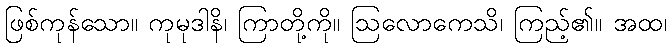
ဖြစ်ကုန်သော။ ကုမုဒါနိ၊ ကြာတို့ကို။ ဩလောကေသိ၊ ကြည့်၏။ အထ၊